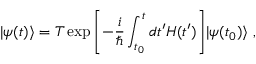
| \psi ( t ) \rangle = T \exp { \left[ - { \frac { i } { \hbar } } \int _ { t _ { 0 } } ^ { t } d t ^ { \prime } H ( t ^ { \prime } ) \right] } | \psi ( t _ { 0 } ) \rangle ~ ,